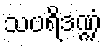
သပရိဒဏ္ဍံ